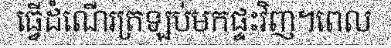
ធ្វើដំណើរត្រឡប់មកផ្ទះវិញ។ពេល